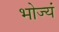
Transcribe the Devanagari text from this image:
भोज्यं